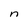
Character: n